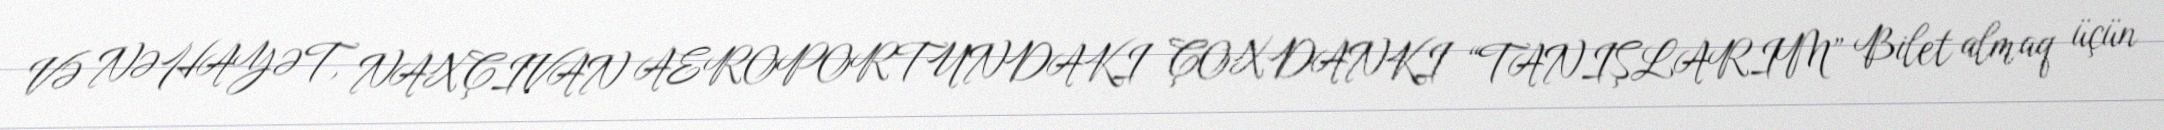
VƏ NƏHAYƏT, NAXÇIVAN AEROPORTUNDAKI ÇOXDANKI “TANIŞLARIM” Bilet almaq üçün